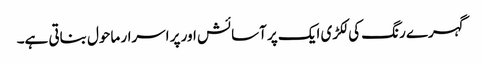
گہرے رنگ کی لکڑی ایک پر آسائش اور پر اسرار ماحول بناتی ہے۔